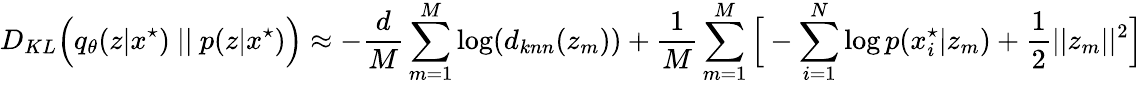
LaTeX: D_{KL}\Big(q_{\theta}(z|x^{\star})\ ||\ p(z|x^{\star})\Big)\approx-\frac{d}{M}\sum_{m=1}^{M}\log(d_{knn}(z_{m}))+\frac{1}{M}\sum_{m=1}^{M}\Big[-\sum_{i=1}^{N}\log p(x_{i}^{\star}|z_{m})+\frac{1}{2}||z_{m}||^{2}\Big]